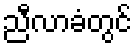
ညီလာခံတွင်